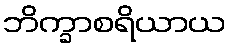
ဘိက္ခာစရိယာယ